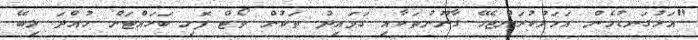
"އަޅުގަނޑުމެން އަމަލުކުރަންޖެހޭ ގާނޫނުތަކާއި ގަވައިދު ތަކުން ވޯޓް ފޮށި ބަހައްޓަން ހުއްދަ ލިބޭ